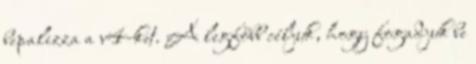
bepalizza a v4-ket. A legfőbb céljuk, hogy fogadjuk be